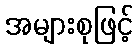
အများစုဖြင့်